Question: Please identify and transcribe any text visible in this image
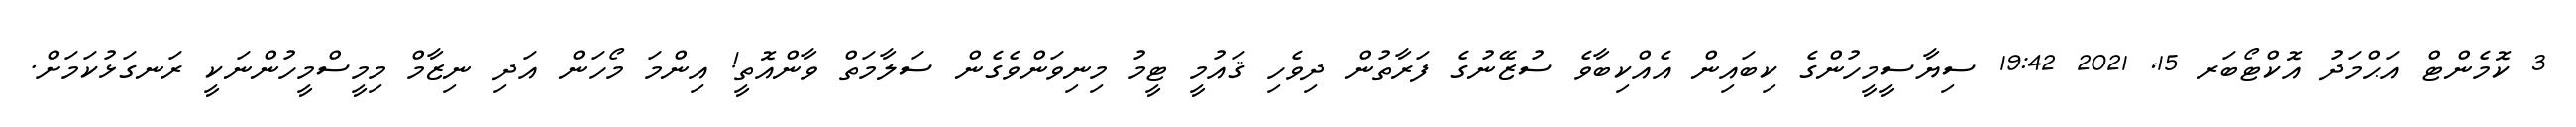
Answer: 3 ކޮމެންޓް އަޙްމަދު އޮކްޓޯބަރ 15, 2021 19:42 ސިޔާސީމީހުންގެ ކިބައިން އެއްކިބާވެ ސުޒޭނުގެ ފަރާތުން ދިވެހި ޤައުމީ ޓީމު މިނިވަންވެގެން ސަލާމަތް ވާންއޮތީ! އިންމަ މޯހަން އަދި ނިޒާމް މިމީސްމީހުންނަކީ ރަނގަޅުކަމަށް.